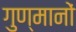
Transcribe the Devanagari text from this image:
गुण्मानों